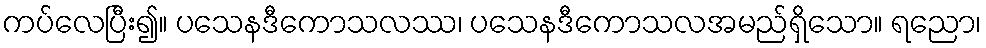
ကပ်လေပြီး၍။ ပသေနဒီကောသလဿ၊ ပသေနဒီကောသလအမည်ရှိသော။ ရညော၊